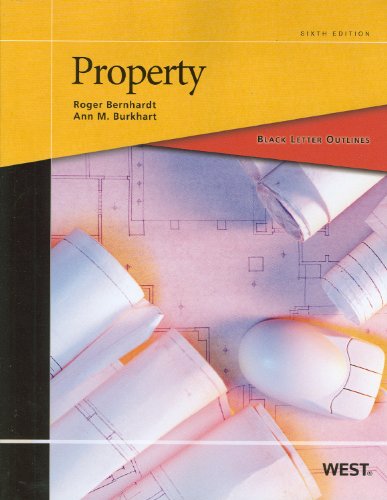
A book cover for Black Letter Outline on Property; Roger Bernhardt; Law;